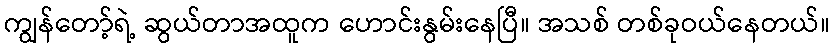
ကျွန်တော့်ရဲ့ ဆွယ်တာအထူက ဟောင်းနွမ်းနေပြီ။ အသစ် တစ်ခုဝယ်နေတယ်။